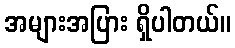
အများအပြား ရှိပါတယ်။